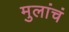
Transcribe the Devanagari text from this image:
मुलांचं